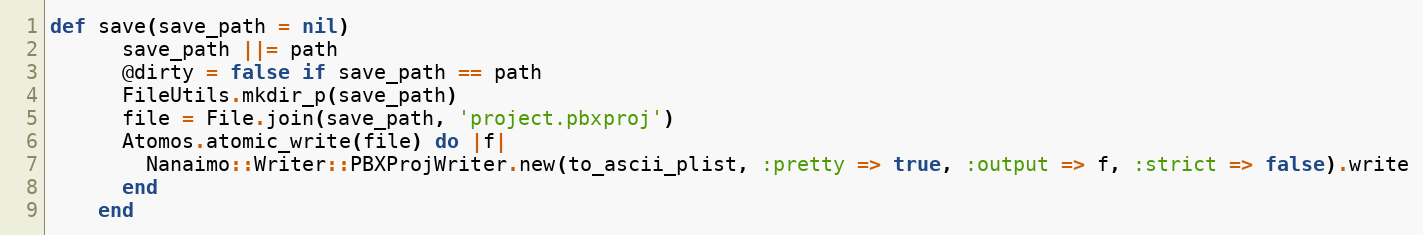
Language: Ruby
def save(save_path = nil)
      save_path ||= path
      @dirty = false if save_path == path
      FileUtils.mkdir_p(save_path)
      file = File.join(save_path, 'project.pbxproj')
      Atomos.atomic_write(file) do |f|
        Nanaimo::Writer::PBXProjWriter.new(to_ascii_plist, :pretty => true, :output => f, :strict => false).write
      end
    end